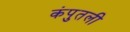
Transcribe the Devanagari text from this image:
कंपुतली